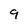
Character: 9